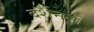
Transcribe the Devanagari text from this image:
दर्शननी